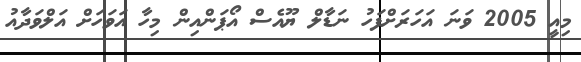
މިއީ 2005 ވަނަ އަހަރަށްފަހު ނަޑާލް ޔޫއެސް އޯޕަންއިން މިހާ އަވަހަށް އަލްވަދާއު